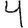
Digit: 4